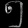
Digit: ၅